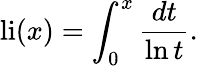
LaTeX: \operatorname{li}(x)=\int_{0}^{x}{\frac{dt}{\ln t}}.